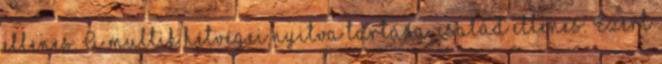
ellenes. A multik hétvégei nyitva tartása, család ellenes. Ezért